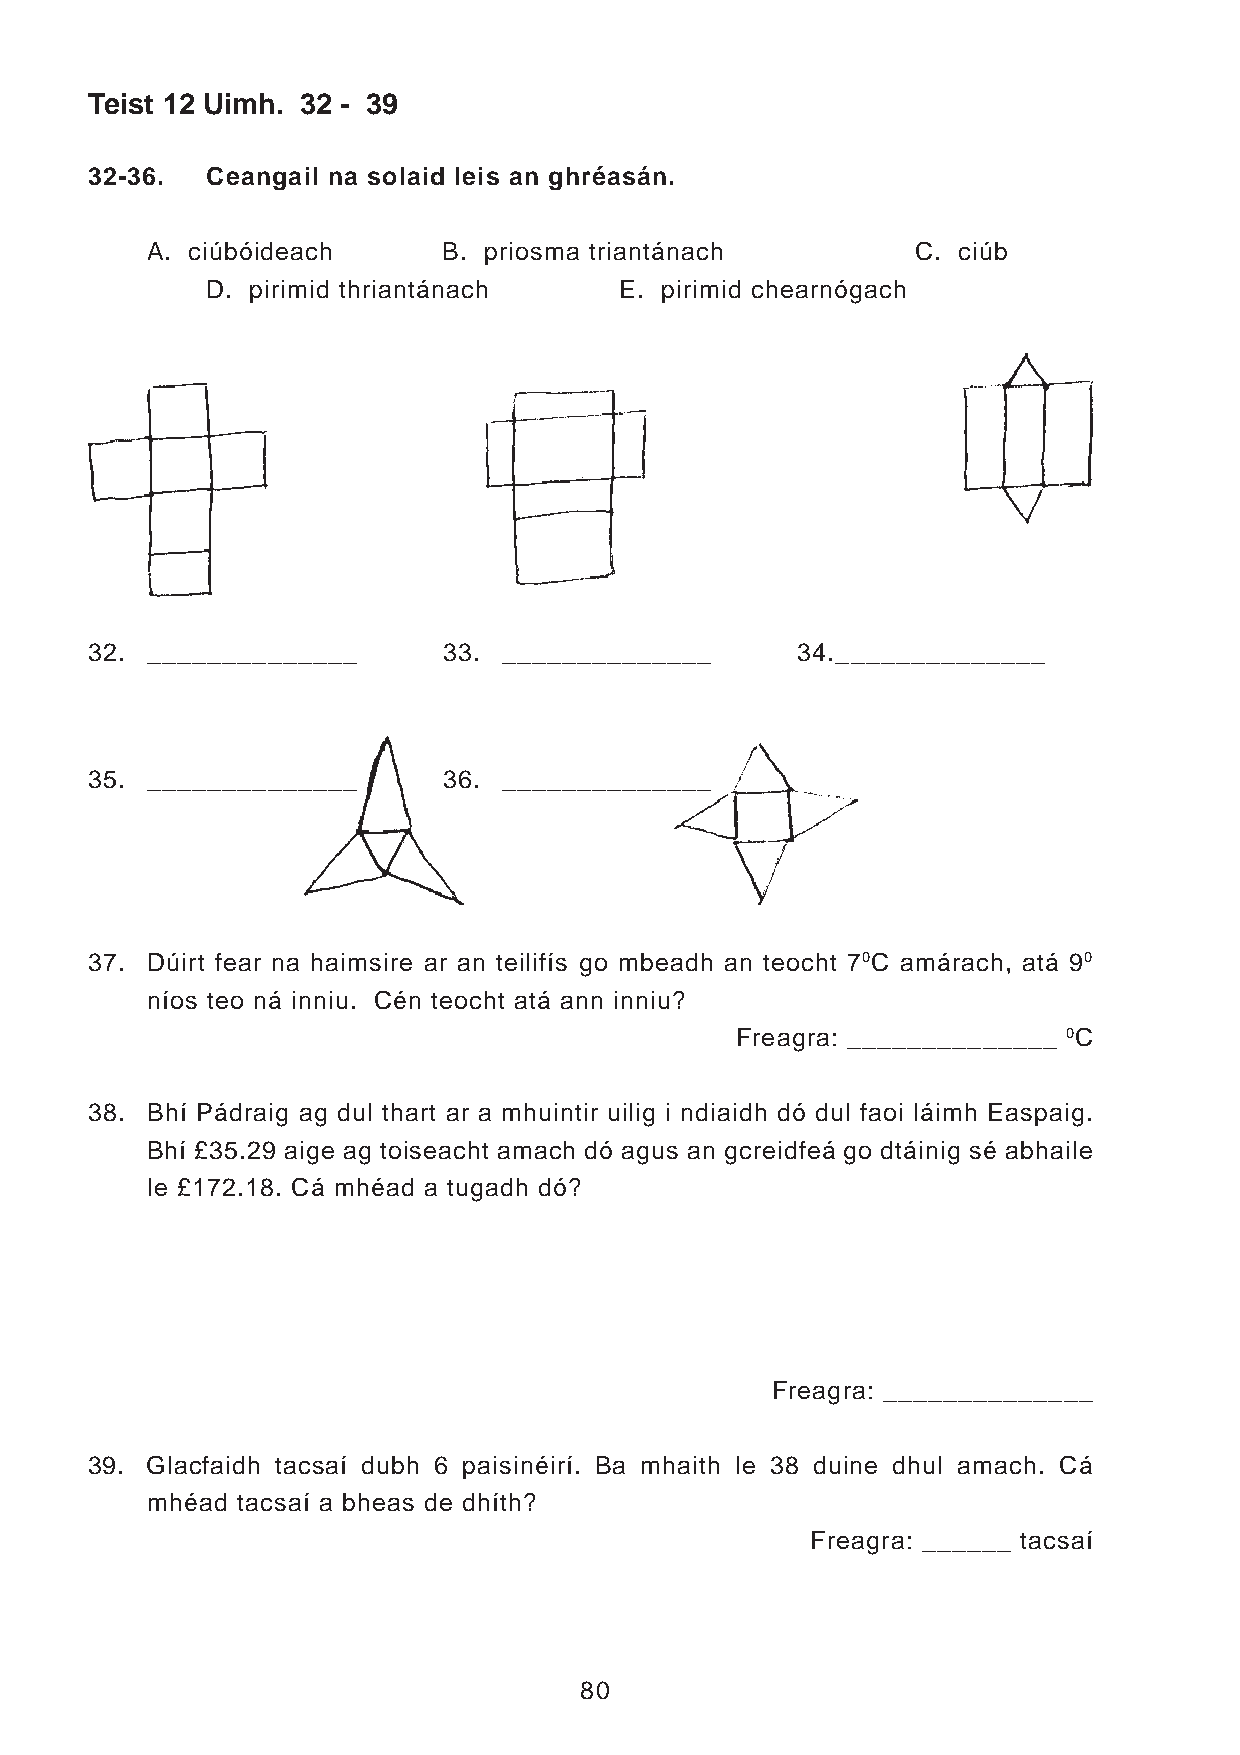
Teist 12 Uimh. 32 - 39
 32-36.  Ceangail na solaid leis an ghréasán.
 A. ciúbóideach     B. priosma triantánach          C. ciúb
 D. pirimid thriantánach    E. pirimid chearnógach
 32. ______________     33. ______________      34.______________
 35. ______________     36. ______________
 37. Dúirt fear na haimsire ar an teilifís go mbeadh an teocht 70C amárach, atá 90
 níos teo ná inniu. Cén teocht atá ann inniu?
 Freagra: ______________ 0C
 38. Bhí Pádraig ag dul thart ar a mhuintir uilig i ndiaidh dó dul faoi láimh Easpaig.
 Bhí £35.29 aige ag toiseacht amach dó agus an gcreidfeá go dtáinig sé abhaile
 le £172.18. Cá mhéad a tugadh dó?
 Freagra: ______________
 39. Glacfaidh tacsaí dubh 6 paisinéirí. Ba mhaith le 38 duine dhul amach. Cá
 mhéad tacsaí a bheas de dhíth?
 Freagra: ______ tacsaí
 80